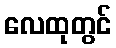
လေထုတွင်